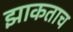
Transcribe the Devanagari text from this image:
झाकताच